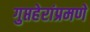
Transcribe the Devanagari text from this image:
गुप्तहेरांप्रमणे